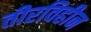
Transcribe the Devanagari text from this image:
तीरविहीन